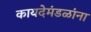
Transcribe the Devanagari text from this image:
कायदेमंडळांना